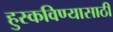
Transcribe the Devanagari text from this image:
हुस्कविण्यासाठी